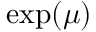
\exp ( \mu )